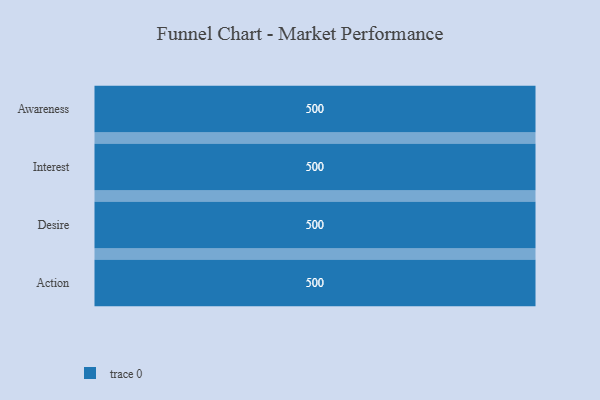
{"axis": {"x": "Stage", "y": "Value"}, "legend": [""], "data": [{"x": "Awareness", "y": 500, "type": ""}, {"x": "Interest", "y": 500, "type": ""}, {"x": "Desire", "y": 500, "type": ""}, {"x": "Action", "y": 500, "type": ""}]}